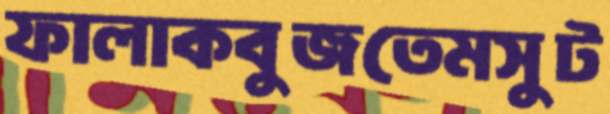
ফালাকবুজতেমসুট